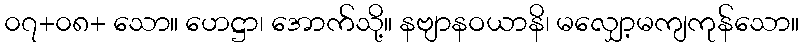
၀၇+၀၈+ သော။ ဟေဋ္ဌာ၊ အောက်သို့။ နဗျာနဝယာနိ၊ မလျှော့မကျကုန်သော။